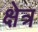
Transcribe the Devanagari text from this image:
क्षेत्र